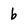
Character: b